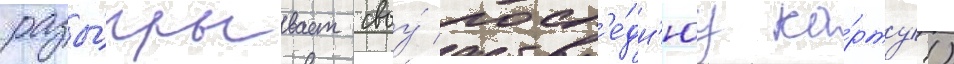
разы́грывает своу́ посл'е́дн'юу ка́рту!)